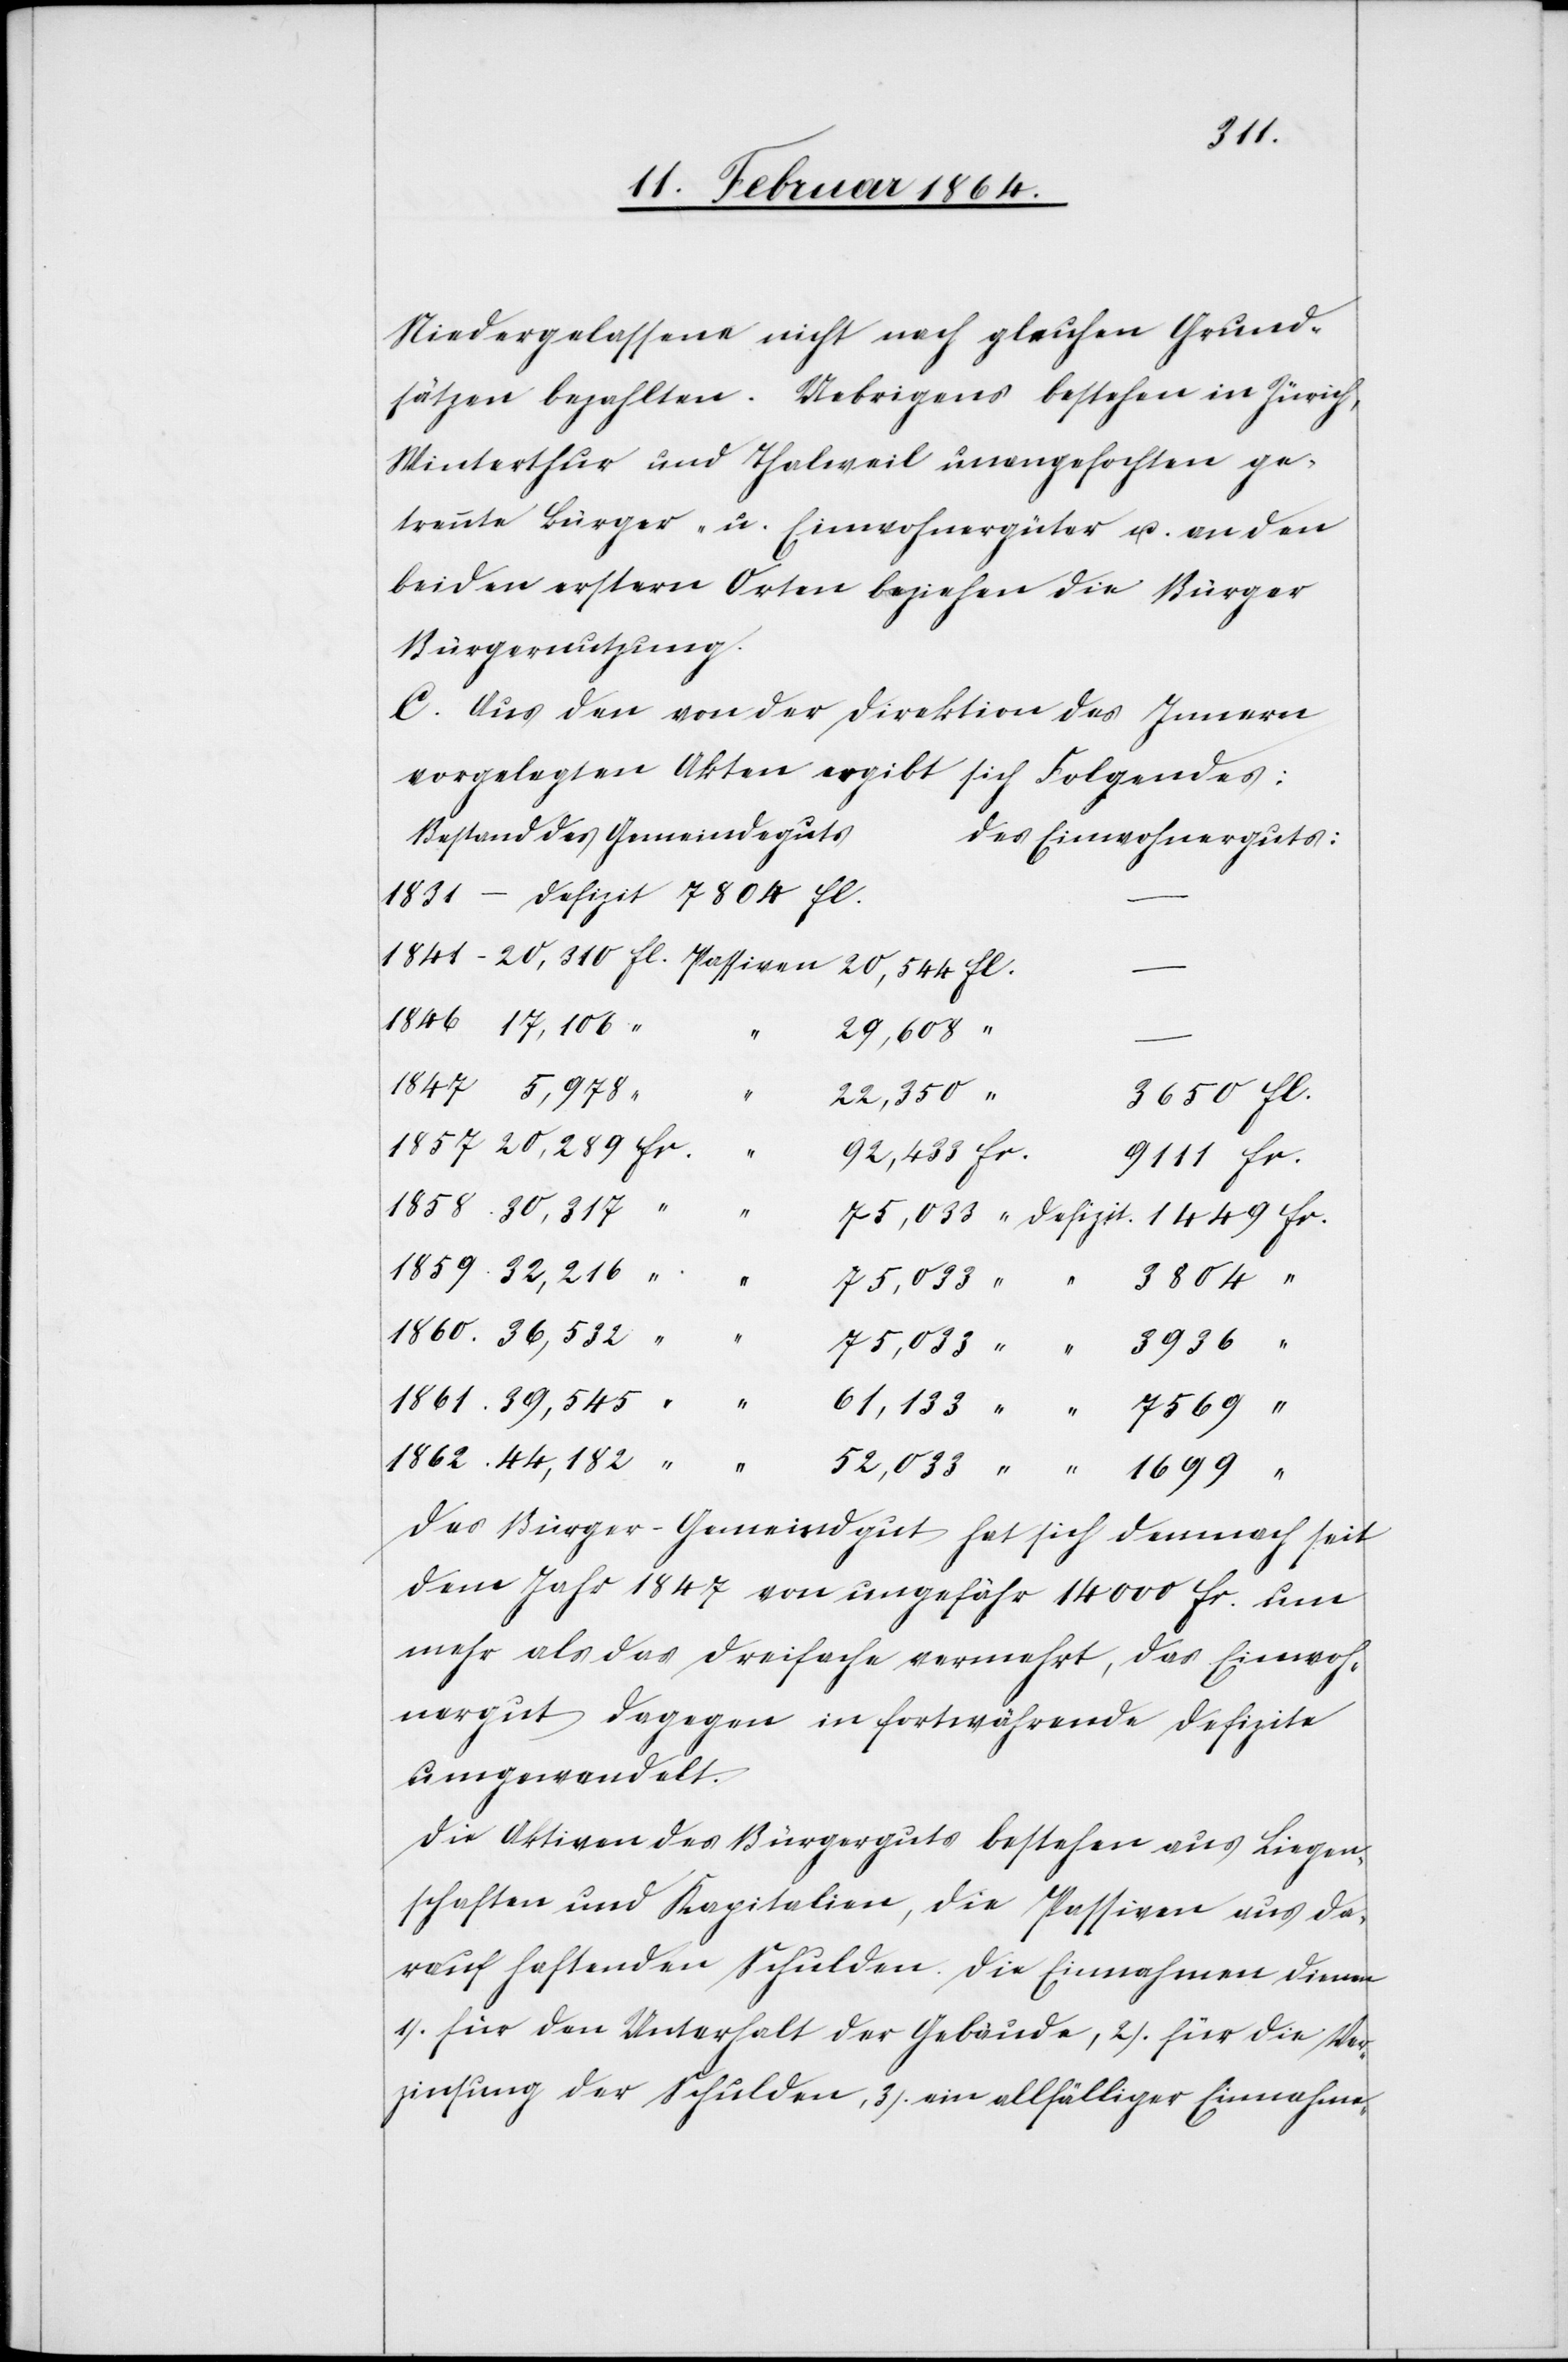
Niedergelassene nicht nach gleichen Grund¬
sätzen bezahlten. Uebrigens bestehen in Zürich,
Winterthur und Thalweil unangefochten ge¬
trennte Bürger- u. Einwohnergüter u. an den
beiden erstern Orten beziehen die Bürger
Bürgernutzung.
C. Aus den von der Direktion des Innern
vorgelegten Akten ergibt sich Folgendes:
Bestand des Gemeindeguts	D¬
es Einwohnerguts:
29,608
7804 fl.
22,350
Das Bürger-Gemeindgut hat sich demnach seit
dem Jahr 1847 von ungefähr 14 000 fr. um
mehr als das dreifache vermehrt, das Einwoh¬
nergut dagegen in fortwährende Defizite
umgewandelt.
Die Aktiven des Bürgerguts bestehen aus Liegen¬
schaften und Kapitalien, die Passiven aus da¬
rauf haftenden Schulden. Die Einnahmen dienen
1.) für den Unterhalt der Gebäude, 2.) für die Ver¬
zinsung der Schulden, 3.) ein allfälliger Einnahme-